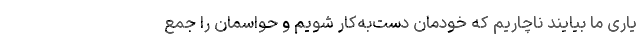
یاری ما بیایند ناچاریم که خودمان دست‌به‌کار شویم و حواسمان را جمع